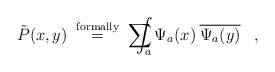
\begin{align*}\tilde{P}(x,y) \;\stackrel{\mbox{\scriptsize{formally}}}{=}\; \sum \!\!\!\!\!\!\!\int_a \Psi_a(x) \: \overline{\Psi_a(y)} \;\;\; , \end{align*}